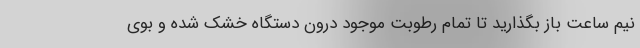
نیم ساعت باز بگذارید تا تمام رطوبت موجود درون دستگاه خشک شده و بوی